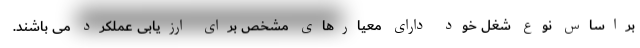
براساس نوع شغل خود دارای معیارهای مشخص برای ارزیابی عملکرد می باشند.